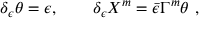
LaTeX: \delta _ { \epsilon } \theta = \epsilon , \qquad \delta _ { \epsilon } X ^ { m } = \bar { \epsilon } \Gamma ^ { m } \theta \ ,